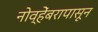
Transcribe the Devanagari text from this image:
नोव्हेंबरापासून